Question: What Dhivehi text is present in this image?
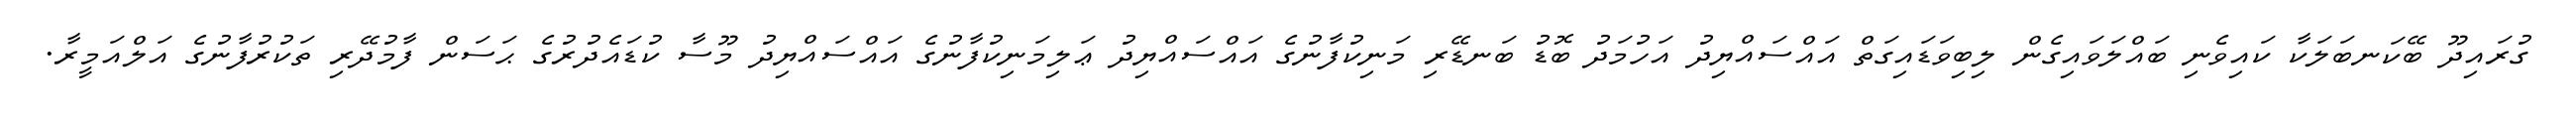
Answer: ގުރައިދޫ ބޭކަނބަލަކާ ކައިވެނި ބައްލަވައިގެން ލިބިވަޑައިގަތް އައްސައްޔިދު އަހުމަދު ބޮޑު ބަނޑޭރި މަނިކުފާނުގެ އައްސައްޔިދު ޢަލިމަނިކުފާނުގެ އައްސައްޔިދު މޫސާ ކުޑައެދުރުގެ ޙަސަން ފާމުދޭރި ތަކުރުފާނުގެ އަލްއަމީރާ.